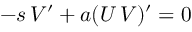
- s \, V ^ { \prime } + a ( U \, V ) ^ { \prime } = 0